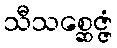
သီသစ္ဆေဇ္ဇံ